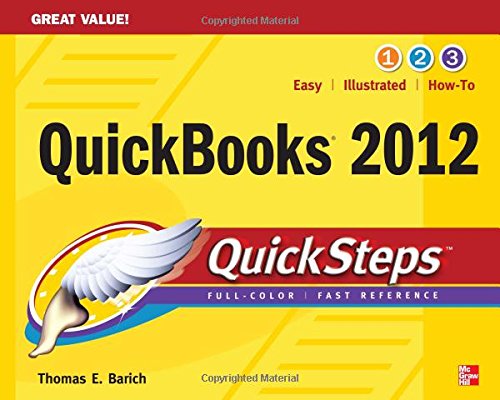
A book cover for QuickBooks 2012 QuickSteps (Quick Guides); Thomas Barich; Computers & Technology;